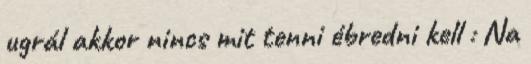
ugrál akkor nincs mit tenni ébredni kell : Na